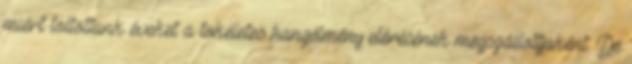
miért töltöttünk éveket a tökéletes hangélmény elérésének megszállottjaként. De